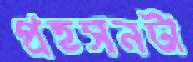
প্রহসনটা